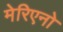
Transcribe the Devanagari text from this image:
मेरिएनो